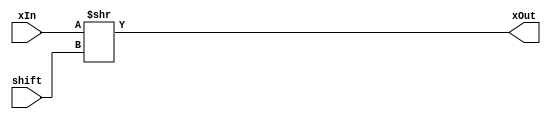
`timescale 1ns / 1ns
// Shift Right Module
module alu_shr(xIn, xOut, shift);
    input [31:0] xIn;
    output [31:0] xOut;
    input wire [4:0] shift;
    
    assign xOut = xIn >> shift;
endmodule